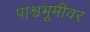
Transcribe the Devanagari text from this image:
पाश्वभूमीवर